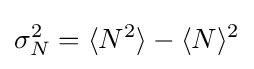
{\textstyle \sigma _{N}^{2}=\langle N^{2}\rangle -\langle N\rangle ^{2}}